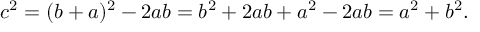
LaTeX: c ^ { 2 } = ( b + a ) ^ { 2 } - 2 a b = b ^ { 2 } + 2 a b + a ^ { 2 } - 2 a b = a ^ { 2 } + b ^ { 2 } .